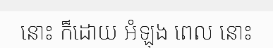
នោះ ក៏ដោយ អំឡុង ពេល នោះ